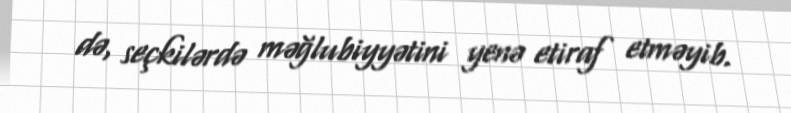
də, seçkilərdə məğlubiyyətini yenə etiraf etməyib.